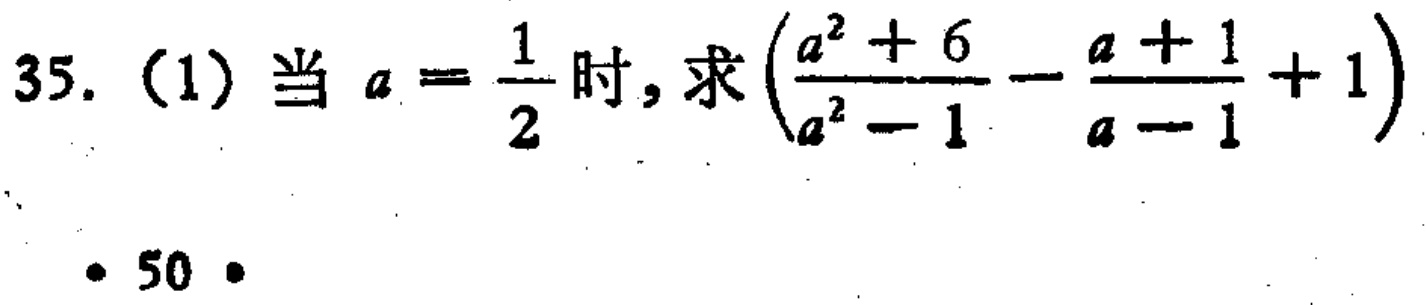
35. (1) 当 \(a = \frac{1}{2}\) 时, 求 \(\left(\frac{a^{2}+6}{a^{2}-1}-\frac{a + 1}{a - 1}+1\right)\)